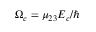
{ \Omega _ { c } } = { \mu _ { 2 3 } } { E _ { c } } / \hbar